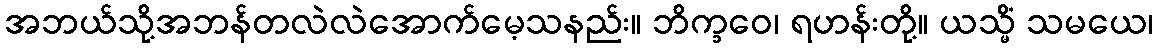
အဘယ်သို့အဘန်တလဲလဲအောက်မေ့သနည်း။ ဘိက္ခဝေ၊ ရဟန်းတို့။ ယသ္မိံ သမယေ၊